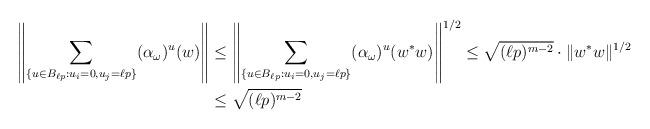
LaTeX: \begin{align*} \left\| \sum_{ \{ u\in B_{\ell p}: u_i = 0, u_j = \ell p \} } (\alpha_\omega)^u(w) \right\| &\leq \left\| \sum_{ \{ u\in B_{\ell p}: u_i=0, u_j = \ell p \} } (\alpha_\omega)^u(w^*w) \right\|^{1/2} \leq \sqrt{ (\ell p)^{m-2} } \cdot \|w^*w\|^{1/2} \\ &\leq \sqrt{ (\ell p)^{m-2} }\end{align*}